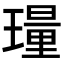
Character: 𬎎